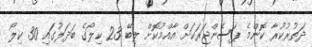
ދަތުރުކުރާ ކޮންމެ ޕަސެންޖަރަކަށް އާއްމުކޮށް ލިބޭ 23 ކިލޯގެ ބަދަލުގައި 30 ކިލޯ